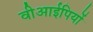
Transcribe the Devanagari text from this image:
वीआईपियों